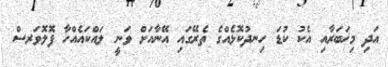
އަދި މިޚަބަރާއި އެކު ކުޑަ ހިނދުކޮޅެއްގެ ތެރޭގައި އޭނާއަށް ވަނީ ލައްކައެއްހާ ފޮލޮވަރސް